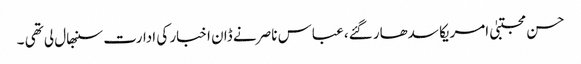
حسن مجتبیٰ امریکا سدھار گئے، عباس ناصر نے ڈان اخبار کی ادارت سنبھال لی تھی ۔